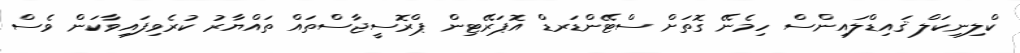
ކްލިނިކަލް ޤައިޑްލައިންސް ހިމެނޭ ގޮތަށް ސްޓޭންޑަރޑް އޮޕަރޭޓިން ޕްރޮސީޖާސްތައް ތައްޔާރު ކުރެވިފައިވާކަން ވެސް